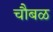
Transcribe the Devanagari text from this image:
चौबळ